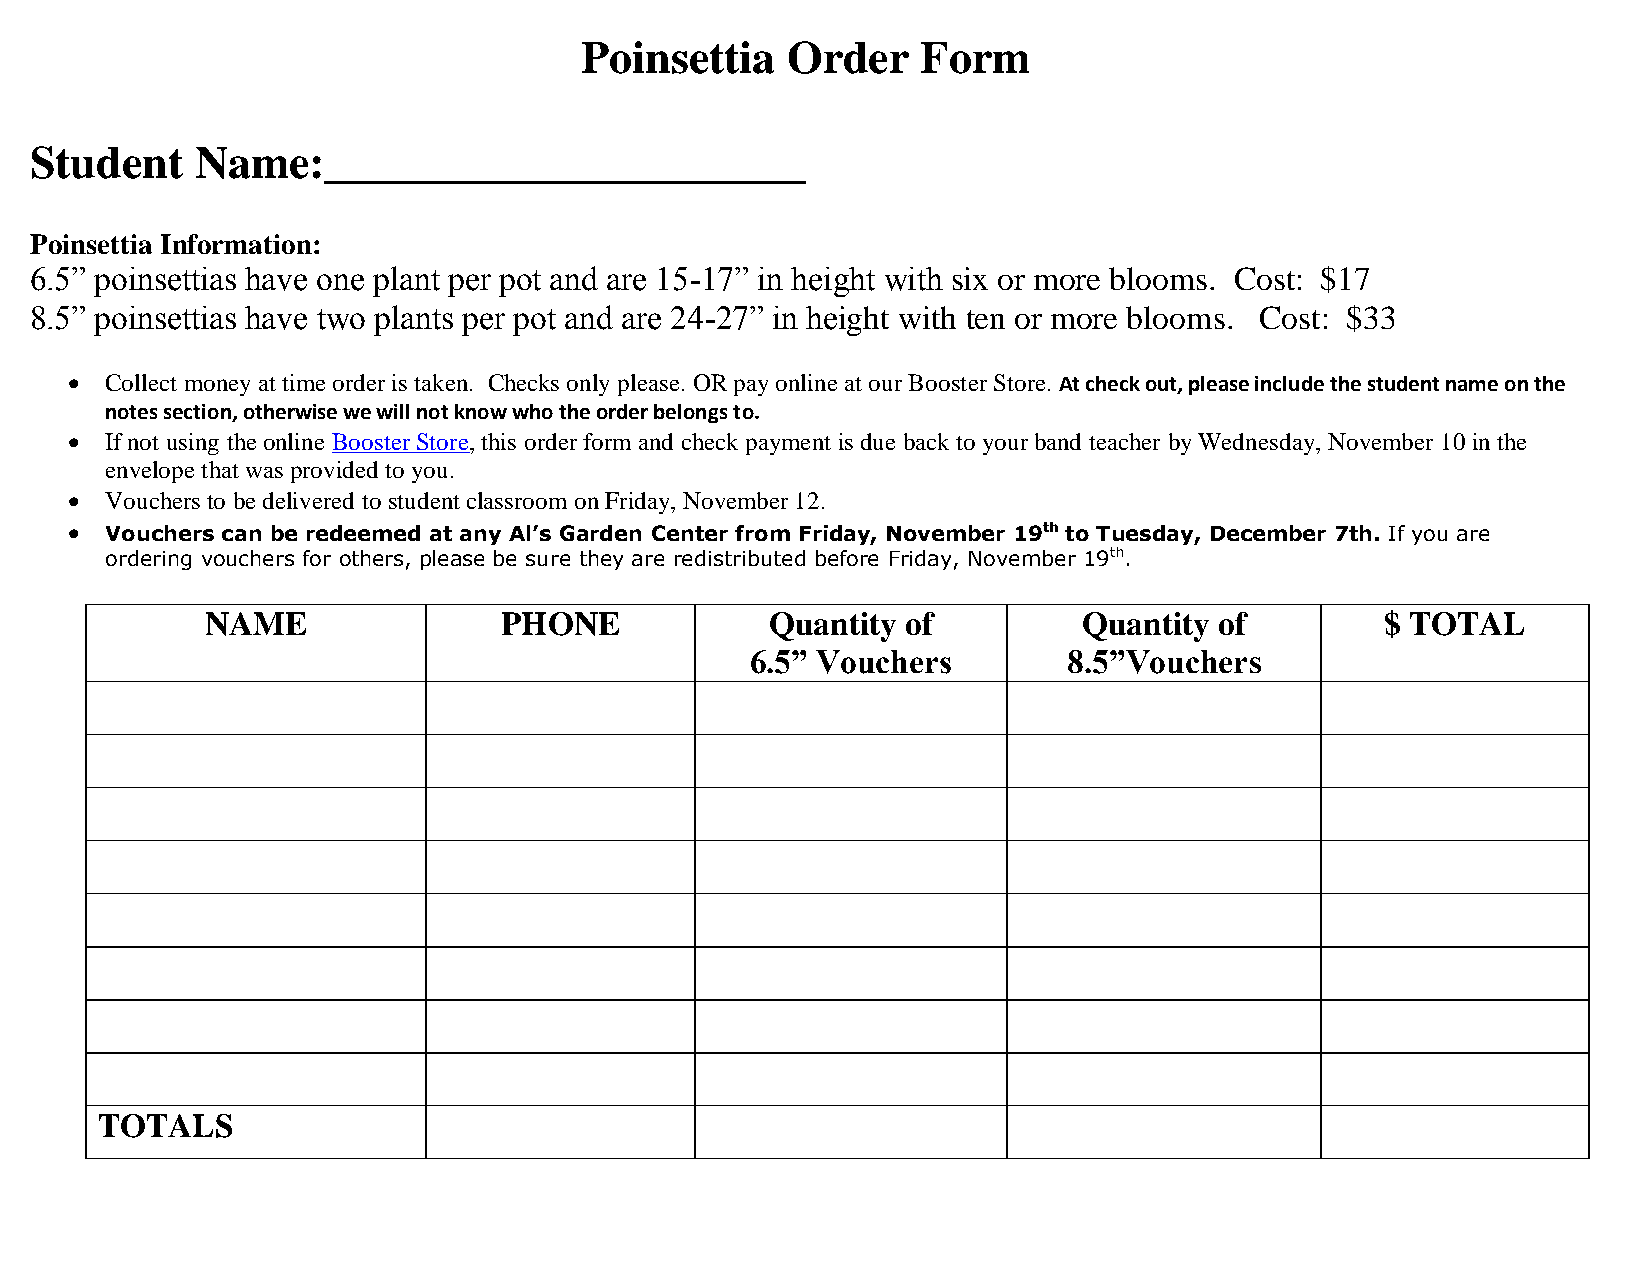
Poinsettia    Order    Form
 Student    Name:_____________________
 Poinsettia Information:
 6.5” poinsettias have one plant per pot and are 15-17” in height with six or more blooms. Cost: $17
 8.5” poinsettias have two plants per pot and are 24-27” in height with ten or more blooms. Cost: $33
   Collect money at time order is taken. Checks only please. OR pay online at our Booster Store. At check out, please include the student name on the
 notes section, otherwise we will not know who the order belongs to.
   If not using the online Booster Store, this order form and check payment is due back to your band teacher by Wednesday, November 10 in the
 envelope that was provided to you.
   Vouchers to be delivered to student classroom on Friday, November 12.
   Vouchers can be redeemed at any Al’s Garden Center from Friday, November 19th to Tuesday, December 7th. If you are
 ordering vouchers for others, please be sure they are redistributed before Friday, November 19th.
 NAME               PHONE             Quantity of          Quantity of         $ TOTAL
 6.5” Vouchers        8.5”Vouchers
 TOTALS